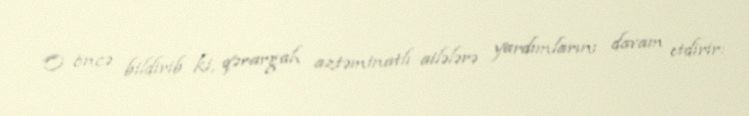
O öncə bildirib ki, qərargah aztəminatlı ailələrə yardımlarını davam etdirir: